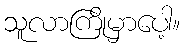
သူလာကြိုမှာပေါ့။